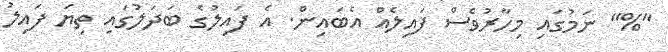
"%" ނަމުގައި މިހާރުވެސް ފައިލެއް އެބައިން. އެ ފައިލުގެ ބަދަލުގައި ތިޔަ ފައިލު